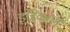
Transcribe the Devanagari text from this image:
इन्निक्कम